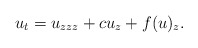
\begin{align*}u_t=u_{zzz}+cu_z+f(u)_z.\end{align*}